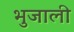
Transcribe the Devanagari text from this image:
भुजाली